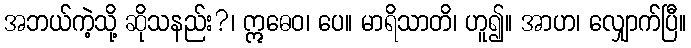
အဘယ်ကဲ့သို့ ဆိုသနည်း?၊ ဣဓေဝ၊ ပေ။ မာရိသာတိ၊ ဟူ၍။ အာဟ၊ လျှောက်ပြီ။